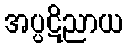
အပ္ပဋိညာယ